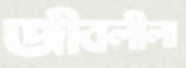
জীবলীলা